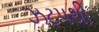
ઝટપથી